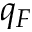
q _ { F }